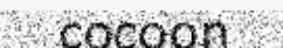
cocoon